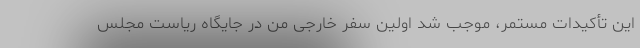
این تأکیدات مستمر، موجب شد اولین سفر خارجی من در جایگاه ریاست مجلس